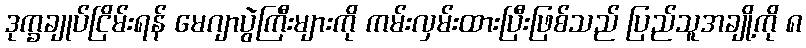
ဒုက္ခချုပ်ငြိမ်းရန် မေဂျာပွဲကြီးများကို ကမ်းလှမ်းထားပြီးဖြစ်သည် ပြည်သူအချို့ကို ၈